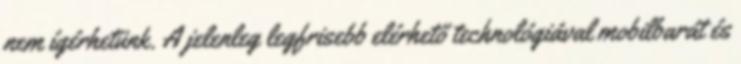
nem ígérhetünk. A jelenleg legfrisebb elérhető technológiával mobilbarát és